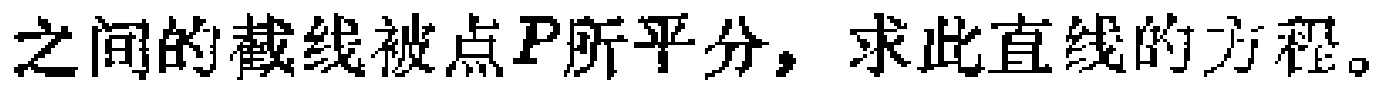
之间的截线被点\(P\)所平分，求此直线的方程。